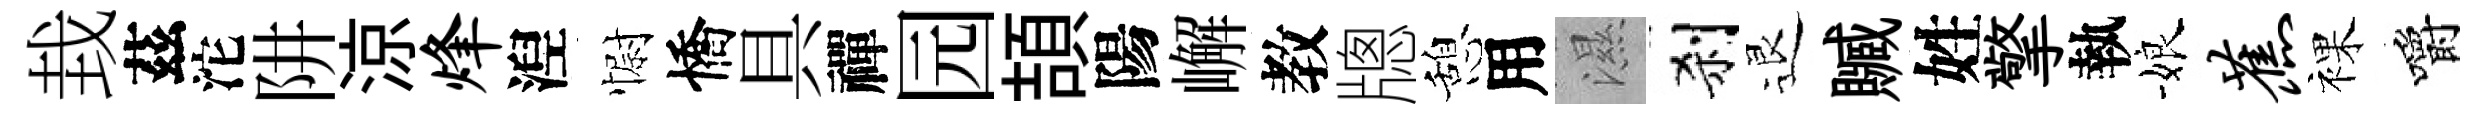
㘽茲沱阱涼烽湼𢠢憍具禪园頡陽嶰教牕憩用濕刹退贓姓擎執娘蕉裸嚼